Malaria in the Punjab - Number 46
Disease focus: Malaria
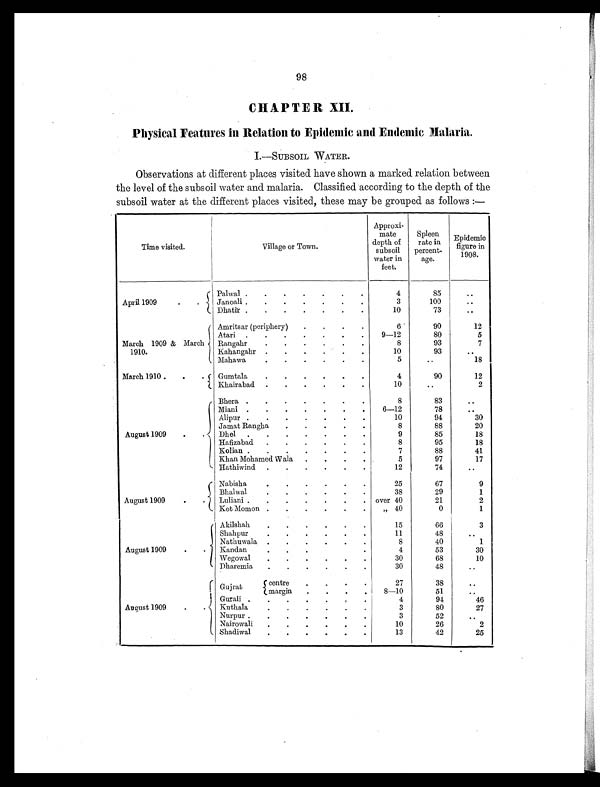
98
CHAPTER XII.
Physical Features in Relation to Epidemic and Endemic Malaria.
I.—SUBSOIL WATER.
Observations at different places visited have shown a marked relation between
the level of the subsoil water and malaria. Classified according to the depth of the
subsoil water at the different places visited, these may be grouped as follows :—
Time visited.
Village or Town.
Approxi-
mate
depth of
subsoil
water in
feet.
Spleen
rate in
percent-
age.
Epidemic
figure in
1908.
April 1909
.
.
Palwal .
.
.
.
.
.
.
4
85
. .
Janoali .
.
.
.
.
.
.
3
100
..
Dhatir .
.
.
.
.
.
.
10
73
. .
March 1909 & March
1910.
Amritsar (periphery)
.
.
.
.
6
90
12
Atari .
.
.
.
. . .
9—12
80
5
Rangahr
.
.
.
.
. .
8
93
7
Kahangahr .
.
.
.
. .
10
93
. .
Mahawa
. . . . . .
5
. .
18
March 1910
.
.
Gumtala
. . . . . .
4
90
12
Khairabad
.
.
.
.
.
.
10
..
2
August 1909
.
.
Bhera .
.
.
.
.
.
.
8
83
..
Miani .
.
.
.
.
.
.
6—12
78
..
Alipur . . . . . . .
10
94
30
Jamat Rangha
.
.
.
.
.
8
88
20
Dhel
.
. . . . . .
9
85
18
Hafizabad
.
.
.
.
.
.
8
95
18
Kolian .
.
.
.
.
.
.
7
88
41
Khan Mohamed Wala
.
.
.
.
5
97
17
Hathiwind
.
.
.
.
.
.
12
74
..
August 1909
. .
N a b i s h a
.
25
67
9
B h a l w a l . . . .
38
29
1
Luliani
.
.
.
.
.
over 40
21
2
Kot Momon .
. . . . .
„ 40
0
1
August 1909
.
.
Akilshah
.
.
.
.
.
.
15
66
3
Shahpur
11
48
. .
Nathuwala .
. . . . .
8
40
1
Kandan
. . .
4
53
30
Wegowal
.
.
.
.
. .
30
68
10
Dharemia
.
. . . . .
30
48
..
August 1909
.
.
Gujrat
centre
. . . .
27
38
..
margin
.
.
8—10
51
. .
Gurali .
.
.
. . .
4
94
46
Kuthala
. . . . . .
3
80
27
Nurpur .
.
.
.
.
. .
3
52
. .
Nairowali
.
. . . . .
10
26
2
Shadiwal
.
.
.
. . .
13
42
25